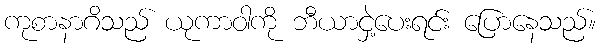
ကုစာနာဂိသည် ယုကာဝါကို ဘီယာငှဲ့ပေးရင်း ပြောနေသည်။